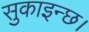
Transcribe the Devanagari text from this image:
सुकाइन्छ।